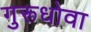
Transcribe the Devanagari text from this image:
गुरूधोवा